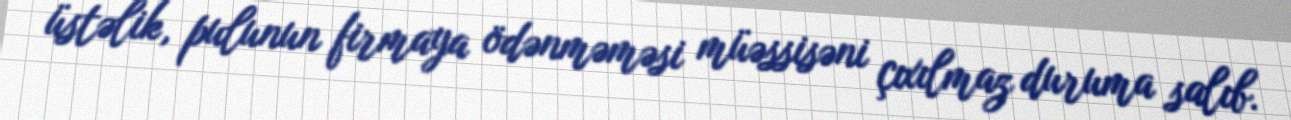
üstəlik, pulunun firmaya ödənməməsi müəssisəni çıxılmaz duruma salıb.